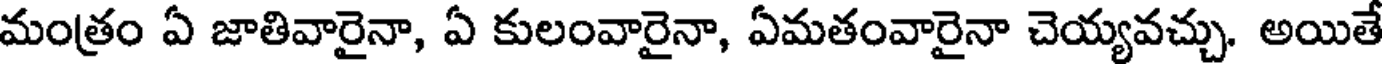
మంత్రం ఏ జాతివారైనా, ఏ కులంవారైనా, ఏమతంవారైనా చెయ్యవచ్చు. అయితే